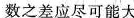
数之差应尽可能大